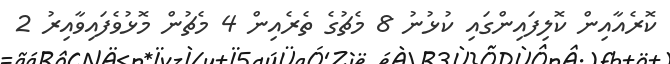
ކޮރެއާއިން ކޮލިފައިންގައި ކުޅުނު 8 މެޗުގެ ތެރެއިން 4 މެޗުން މޮޅުވެފައިވާއިރު 2